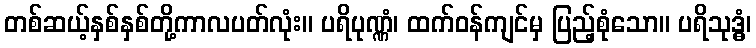
တစ်ဆယ့်နှစ်နှစ်တို့ကာလပတ်လုံး။ ပရိပုဏ္ဏံ၊ ထက်ဝန်ကျင်မှ ပြည့်စုံသော။ ပရိသုဒ္ဓံ၊